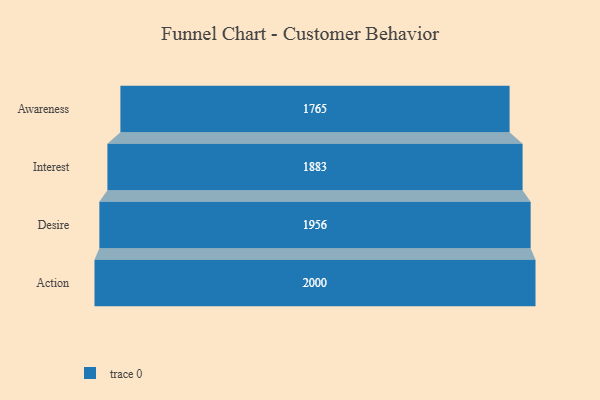
{"axis": {"x": "Stage", "y": "Value"}, "legend": [""], "data": [{"x": "Awareness", "y": 1765.0, "type": ""}, {"x": "Interest", "y": 1883.0, "type": ""}, {"x": "Desire", "y": 1956.0, "type": ""}, {"x": "Action", "y": 2000, "type": ""}]}